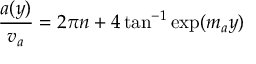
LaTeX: \frac { a ( y ) } { v _ { a } } = 2 \pi n + 4 \tan ^ { - 1 } \exp ( m _ { a } y )